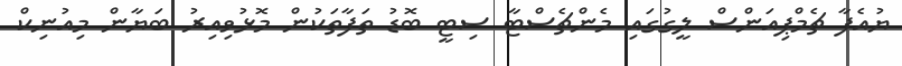
ޔުއެފާ ޗެމްޕިއަންސް ލީގުގައި މެންޗެސްޓާ ސިޓީ ބޮޑު ތަފާތަކުން މޮޅުވިއިރު ބަޔާން މިއުނިކް